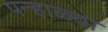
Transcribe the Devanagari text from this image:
पन्हाळ्या